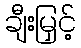
ချီးမြှင့်